画像に写った文字を読んでください
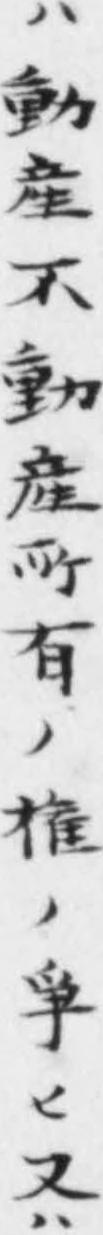
「ハ動産不動産𫝂有ノ権ノ爭ヒ又ハ」と書いてあります